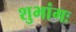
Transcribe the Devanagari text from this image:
शुभांगः